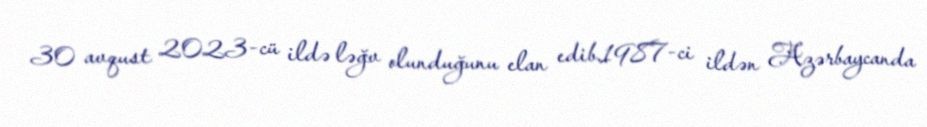
30 avqust 2023-cü ildə ləğv olunduğunu elan edib.1987-ci ildən Azərbaycanda